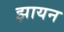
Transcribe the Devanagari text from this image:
झायन